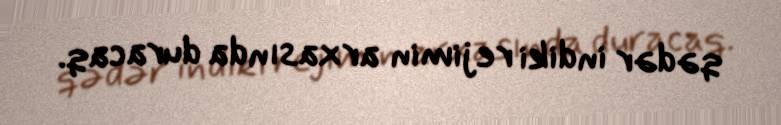
qədər indiki rejimin arxasında duracaq.